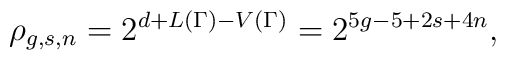
\rho_{g,s,n}=2^{d+L(\Gamma)-V(\Gamma)}=2^{5g-5+2s+4n},